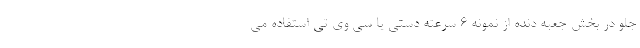
جلو در بخش جعبه دنده از نمونه 6 سرعته دستی یا سی وی تی استفاده می